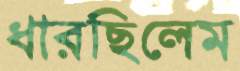
ধারছিলেম